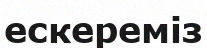
ескереміз